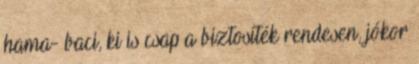
hama- baci, ki is csap a biztosíték rendesen, jókor